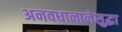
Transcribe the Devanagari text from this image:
अनवधानानेसुद्धा